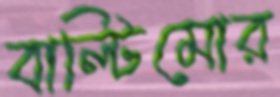
বাল্টিমোর